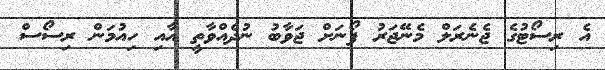
އެ ރިސޯޓުގެ ޖެނެރަލް މެނޭޖަރު ފޯނަށް ޖަވާބު ނުދެއްވާތީ އާއި ހިއުމަން ރިސޯސް